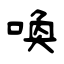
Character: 喚